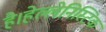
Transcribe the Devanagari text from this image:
है।हेल्लेनिस्टिक